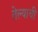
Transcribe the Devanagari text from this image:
तेल्याची